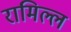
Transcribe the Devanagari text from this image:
रामिल्ल